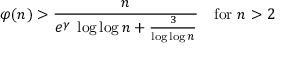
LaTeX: \varphi ( n ) > { \frac { n } { e ^ { \gamma } \; \log \log n + { \frac { 3 } { \log \log n } } } } \quad { \mathrm { f o r ~ } } n > 2